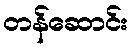
တန်ဆောင်း